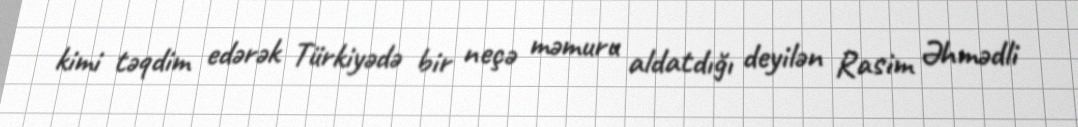
kimi təqdim edərək Türkiyədə bir neçə məmuru aldatdığı deyilən Rasim Əhmədli